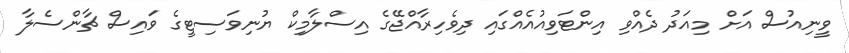
ވީނިއުސް އަށް މިއަދު ދެއްވި އިންޓަވިއުއެއްގައި ދިވެހިރާއްޖޭގެ އިސްލާމިކް ޔުނިވަސިޓީގެ ވައިސް ޗާންސެލާ